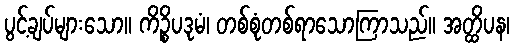
ပွင့်ချပ်များသော။ ကိဉ္စိပဒုမံ၊ တစ်စုံတစ်ရာသောကြာသည်။ အတ္ထိပန၊